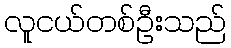
လူငယ်တစ်ဦးသည်